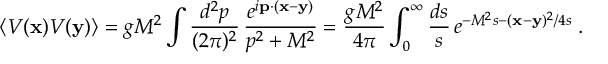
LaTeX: \langle V ( { \bf x } ) V ( { \bf y } ) \rangle = g M ^ { 2 } \int \frac { d ^ { 2 } p } { ( 2 \pi ) ^ { 2 } } \, \frac { e ^ { i { \bf p } \cdot ( { \bf x } - { \bf y } ) } } { p ^ { 2 } + M ^ { 2 } } = \frac { g M ^ { 2 } } { 4 \pi } \int _ { 0 } ^ { \infty } \frac { d s } { s } \, e ^ { - M ^ { 2 } s - ( { \bf x } - { \bf y } ) ^ { 2 } / 4 s } \; .